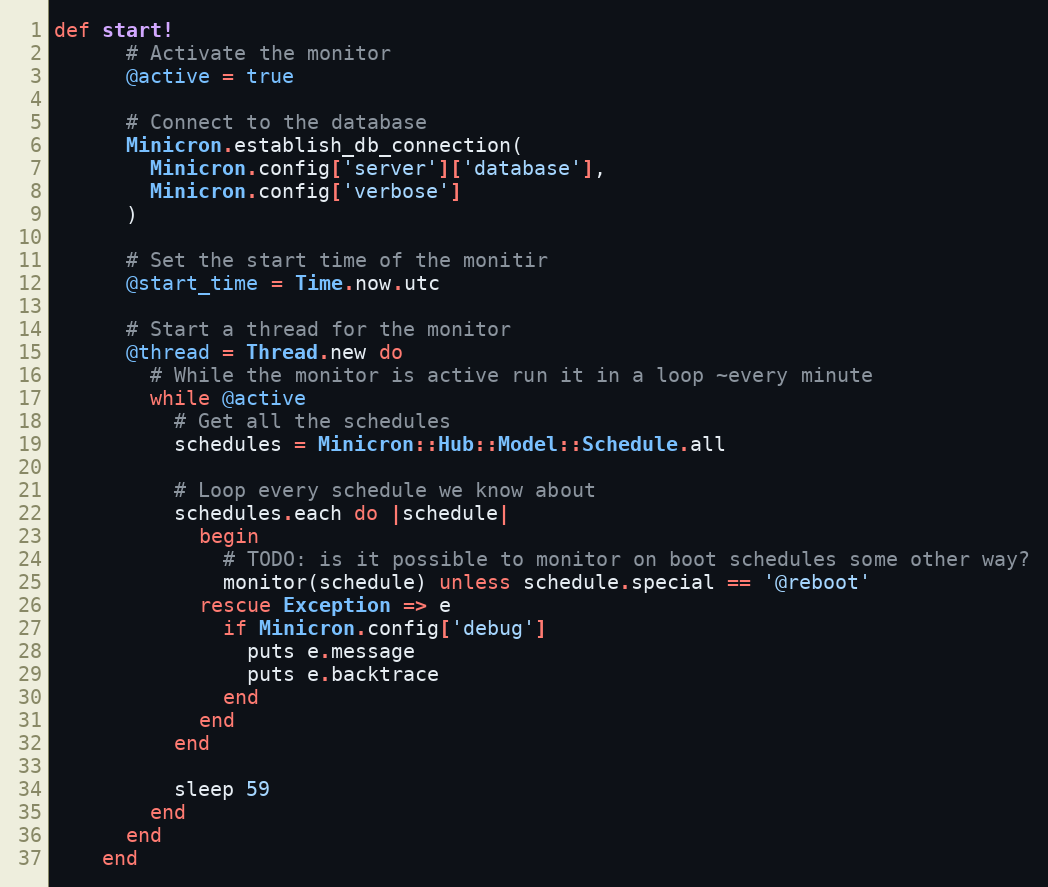
Language: Ruby
def start!
      # Activate the monitor
      @active = true

      # Connect to the database
      Minicron.establish_db_connection(
        Minicron.config['server']['database'],
        Minicron.config['verbose']
      )

      # Set the start time of the monitir
      @start_time = Time.now.utc

      # Start a thread for the monitor
      @thread = Thread.new do
        # While the monitor is active run it in a loop ~every minute
        while @active
          # Get all the schedules
          schedules = Minicron::Hub::Model::Schedule.all

          # Loop every schedule we know about
          schedules.each do |schedule|
            begin
              # TODO: is it possible to monitor on boot schedules some other way?
              monitor(schedule) unless schedule.special == '@reboot'
            rescue Exception => e
              if Minicron.config['debug']
                puts e.message
                puts e.backtrace
              end
            end
          end

          sleep 59
        end
      end
    end